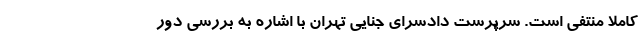
کاملا منتفی است. سرپرست دادسرای جنایی تهران با اشاره به بررسی دور